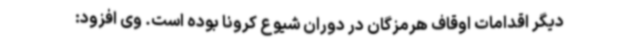
دیگر اقدامات اوقاف هرمزگان در دوران شیوع کرونا بوده است. وی افزود: